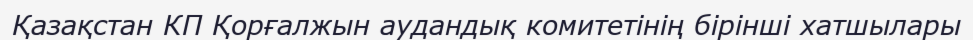
Қазақстан КП Қорғалжын аудандық комитетінің бірінші хатшылары